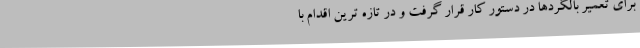
برای تعمیر بالگردها در دستور کار قرار گرفت و در تازه ترین اقدام با